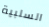
السلبية